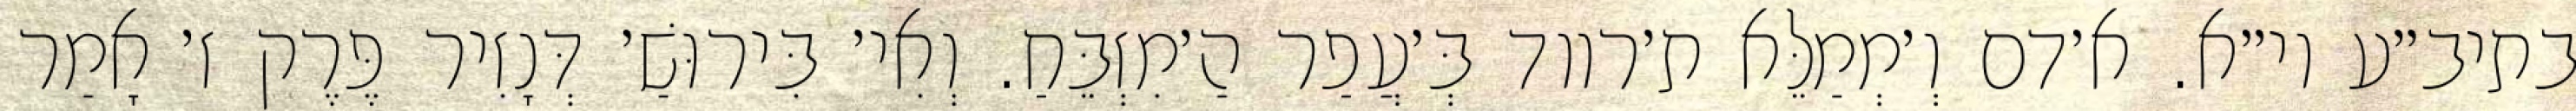
בתיב״ע וי״א. א׳דם וְ׳מְמַלֵּא ת׳רווד בְּ׳עֲפַר הַ׳מִזְבֵּחַ. וְאִי׳ בִּירוּשַׁ׳ דְּנָזִיר פֶּרֶק ז׳ אָמַר